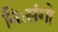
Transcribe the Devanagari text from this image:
निःसंगो